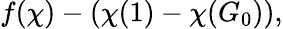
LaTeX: f(\chi)-(\chi(1)-\chi(G_{0})),